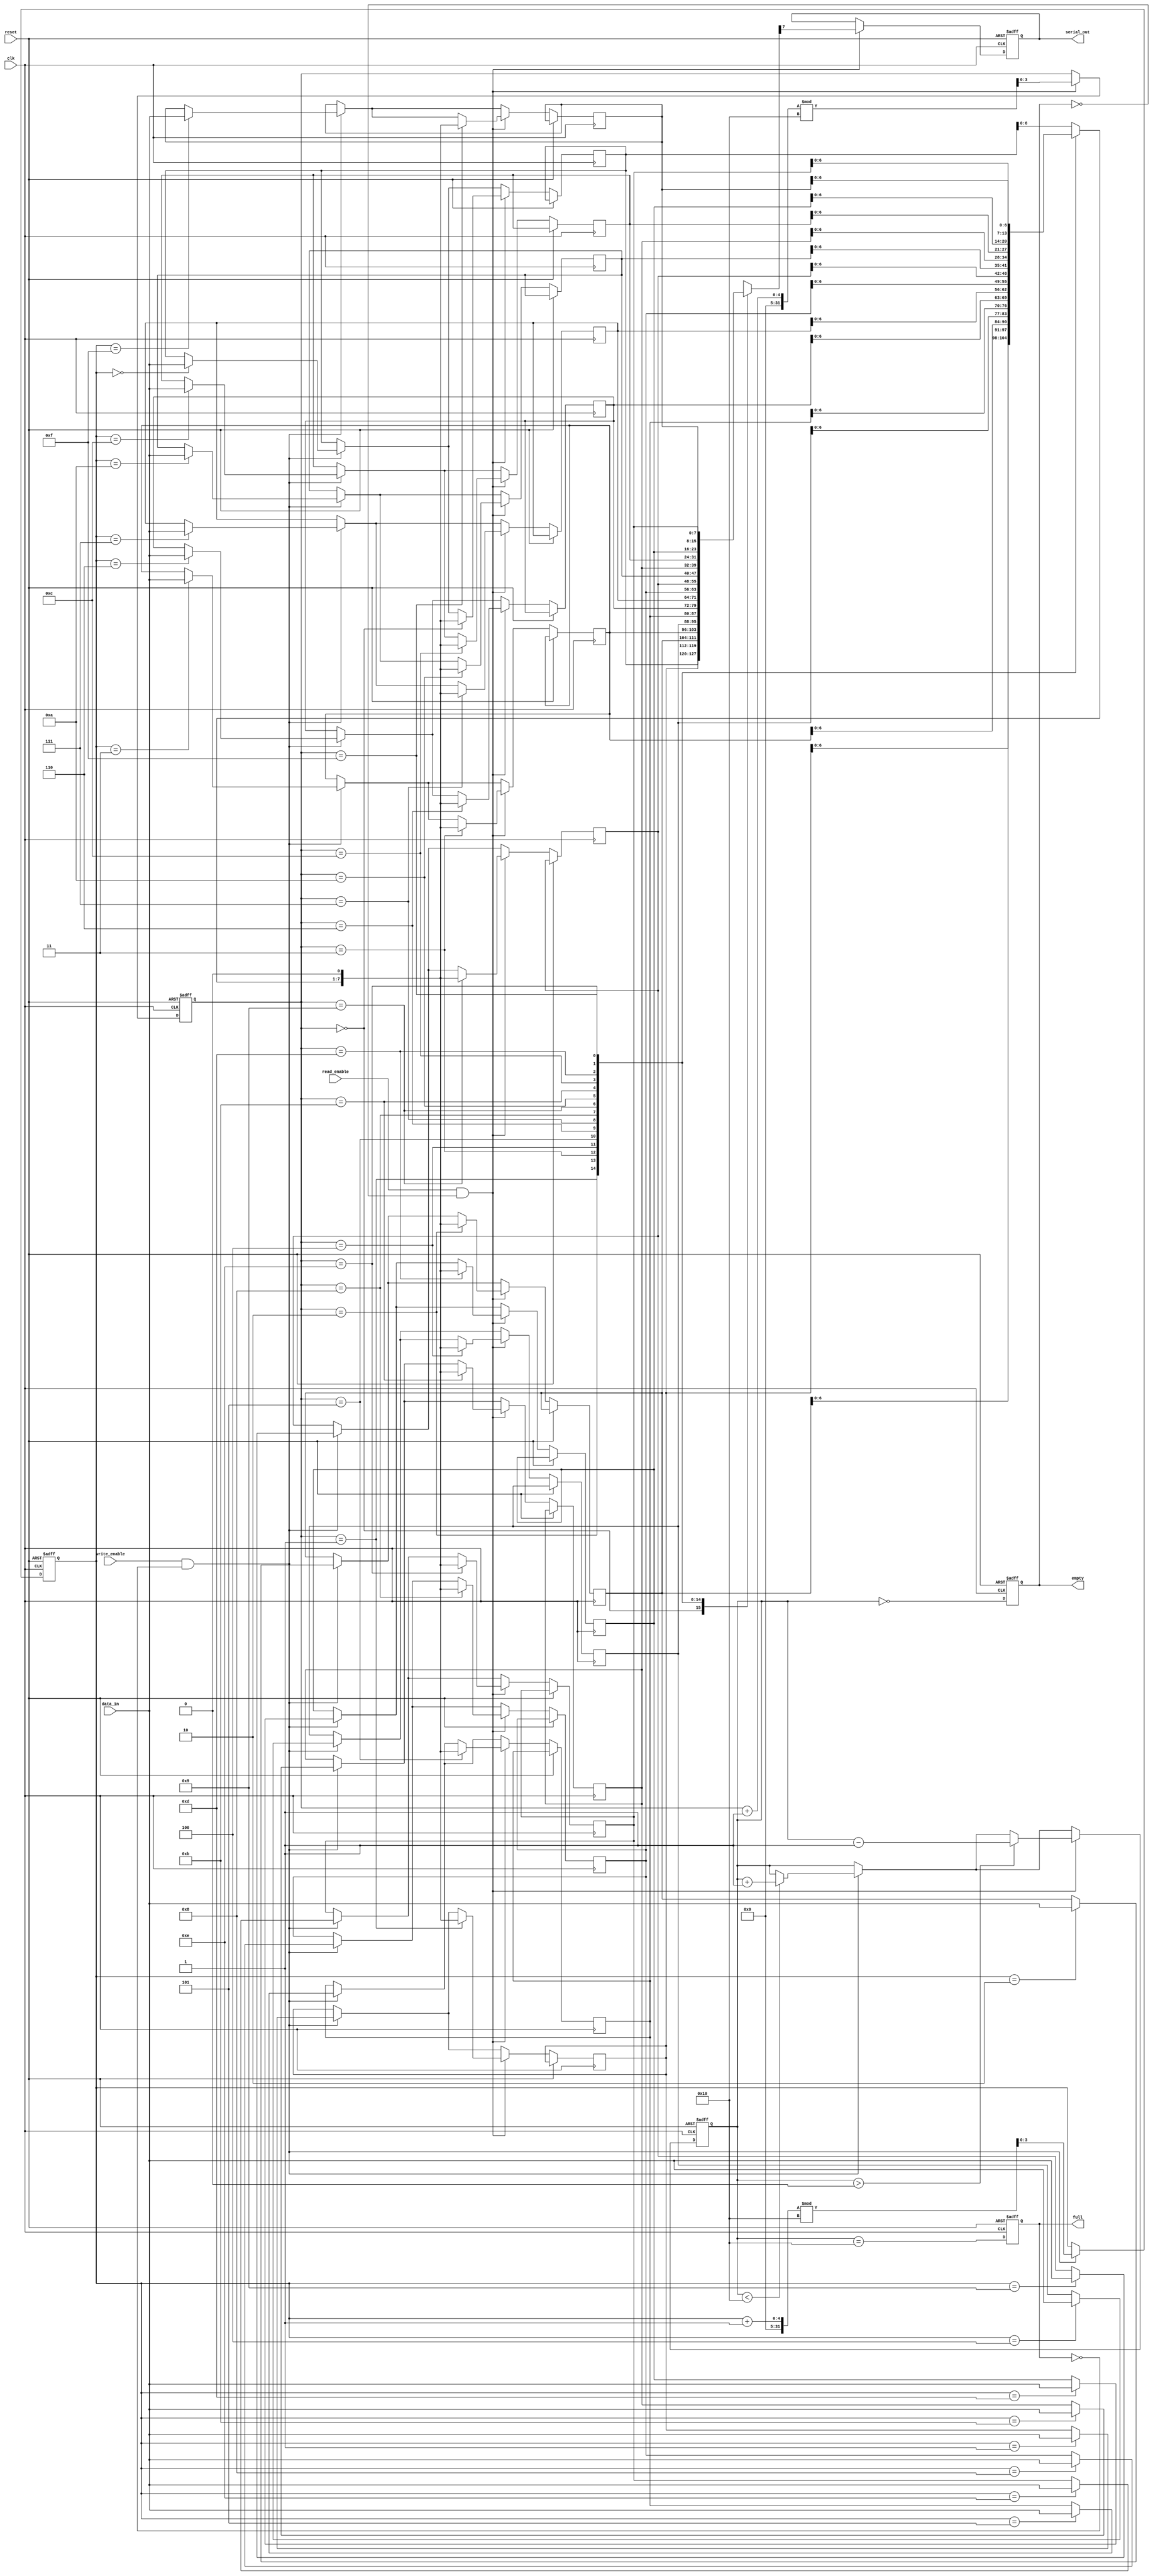
module FIFO_PISO #(
    parameter DATA_WIDTH = 8,  // Number of bits in parallel input
    parameter FIFO_DEPTH = 16   // Number of entries in FIFO
)(
    input wire clk,                  // Clock signal
    input wire reset,                // Reset signal
    input wire write_enable,         // Write enable signal
    input wire read_enable,          // Read enable signal
    input wire [DATA_WIDTH-1:0] data_in,  // Input data
    output reg serial_out,           // Serial output
    output reg full,                 // FIFO full flag
    output reg empty                 // FIFO empty flag
);

    // Internal storage array for FIFO
    reg [DATA_WIDTH-1:0] fifo_mem[FIFO_DEPTH-1:0];
    reg [$clog2(FIFO_DEPTH)-1:0] write_pointer; // Pointer for writing
    reg [$clog2(FIFO_DEPTH)-1:0] read_pointer;  // Pointer for reading
    reg [FIFO_DEPTH-1:0] count;                  // FIFO count

    // Resetting the FIFO
    always @(posedge clk or posedge reset) begin
        if (reset) begin
            write_pointer <= 0;
            read_pointer <= 0;
            count <= 0;
            full <= 0;
            empty <= 1;
            serial_out <= 0;
        end else begin
            // Write operation
            if (write_enable && !full) begin
                fifo_mem[write_pointer] <= data_in;
                write_pointer <= (write_pointer + 1) % FIFO_DEPTH;
                if (count < FIFO_DEPTH) begin
                    count <= count + 1;
                end
            end
            
            // Read operation
            if (read_enable && !empty) begin
                serial_out <= fifo_mem[read_pointer][DATA_WIDTH-1]; // Output MSB
                fifo_mem[read_pointer] <= {fifo_mem[read_pointer][DATA_WIDTH-2:0], 1'b0}; // Shift the register
                read_pointer <= (read_pointer + 1) % FIFO_DEPTH;
                if (count > 0) begin
                    count <= count - 1;
                end
            end

            // Update full and empty flags
            full <= (count == FIFO_DEPTH);
            empty <= (count == 0);
        end
    end
endmodule